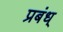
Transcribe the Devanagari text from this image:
प्रबंध्